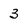
Character: 3